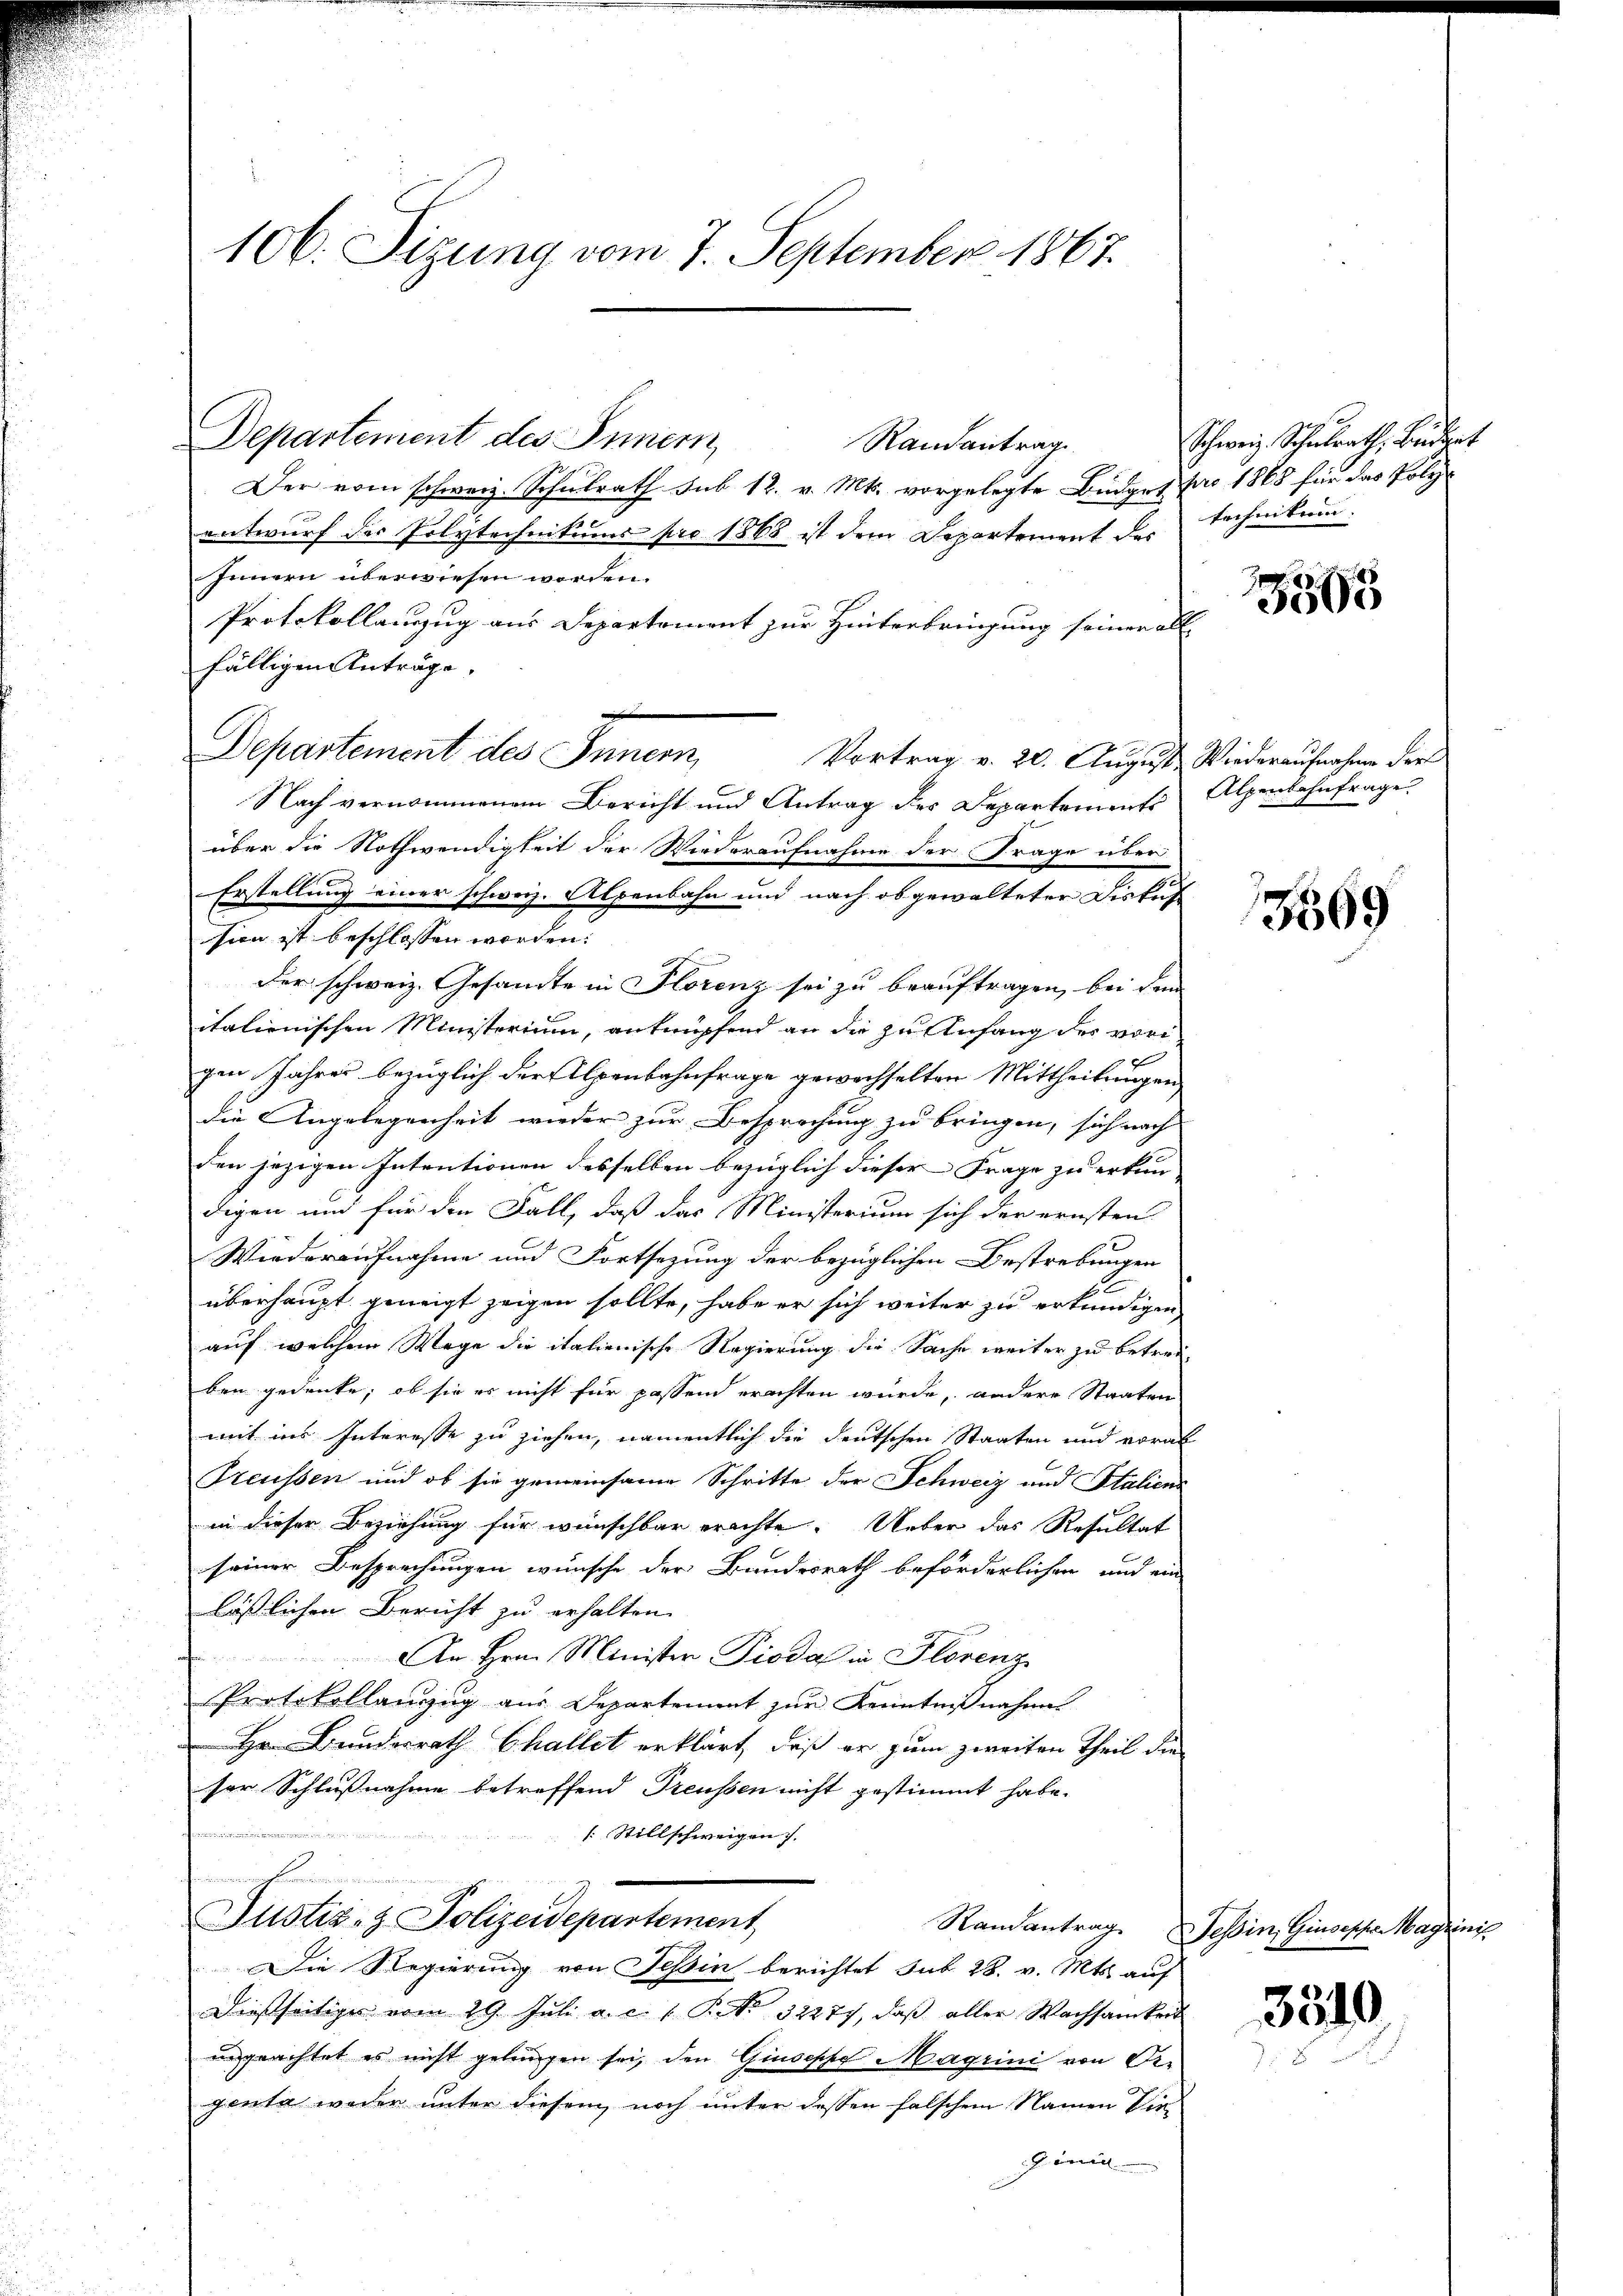
106. Sizung vom 7. September 1867.

Departement des Innern

Randantrag
Der vom schweiz. Schulrath sub 12. v. Mts. vorgelegte Budget pro 1865 für das Polyentwurf der Polytechnikums pro 1868 ist dem Departement des Technikum.
Innern überwiesen worden.
Protokollauszug aus Departement zur Hinterbringung seiner all-
fälligen Anträge.
Departement des Innern,
Vortrag v. 20. August Wiederaufnahme der
Nach vernommenem Bericht und Antrag des Departements Alpenbahnfrage
über die Nothwendigkeit der Wiederaufnahme der Frage über
Erstellung einer schweiz. Alpenbahn und nach obgewalteter Diskus
sion ist beschlossen worden.
Der schweiz. Gesamte in Florenz sei zu beauftragen, bei dem
italienischen Ministerium, anknüpfend an die zu Anfang des vorigen Jahres bezüglich der Alpenbahnfrage gewechselten Mittheilungen
die Angelegenheit wieder zur Besprechung zu bringen, sich nach
den jezigen Intentionen desselben bezüglich dieser Frage zu erkun-
digen und für die Fall, daß das Ministerium sich der ernsten
Wiederaufnahme und Fortsezung der bezüglichen Bestrebungen
62
überhaupt geneigt zeigen sollte, habe er sich weiter zu erkundigen,
auf welchem Wege die italienische Regierung die Sache weiter zu betreiben gedenke, ob sie es nicht für passen erachten würde, andere Staaten
mit ins Interesse zu ziehen, namentlich die deutschen Staaten und voral
Freussen und ob sie gemeinsame Schritte der Schweiz und Italiens
in dieser Beziehung für wünschbar erachte. Ueber das Resultat
seiner Besprechungen wünsche der Bundesrath beförderlichen und ein
lässlichen Bericht zu erhalten.
An Hrn. Minister Pioda in Florenz
Protokollanzug aus Departement zur Kenntnißnahme
Bunderrath Challet erklärt, daß er zum zweiten Theil die
ser Schlußnahme betreffend Treussen nicht gestimmt habe.
[Stillschweigen.

Justiz- & Polizeidepartement

Schweiz. Schulrath, Beidert

Die Regierung von Tessin berichtet sub 28. v. Mts. auf
Diesseitiger vom 29. Juli a. c. 1. P. No. 32277, daß aller Wachsamkeit
ungeachtet es nicht gelungen sei, den Giuseppe Magrini von Degenta weder unter diesem noch unter dessen falschem Namen Dir¬

1505

3569

Randantrag Tessin, Giusepha Magrin.

3510